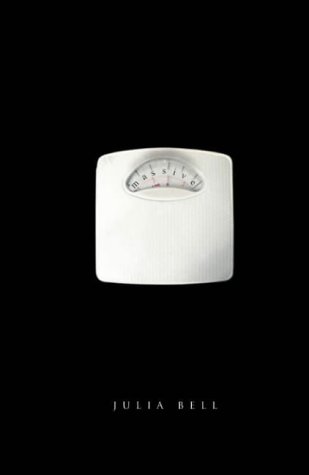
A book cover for Massive; Julia Bell; Health, Fitness & Dieting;